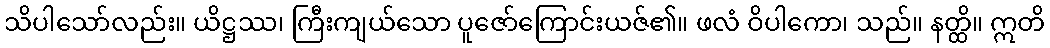
သိပါသော်လည်း။ ယိဋ္ဌဿ၊ ကြီးကျယ်သော ပူဇော်ကြောင်းယဇ်၏။ ဖလံ ဝိပါကော၊ သည်။ နတ္ထိ။ ဣတိ